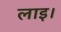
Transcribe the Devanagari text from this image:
लाइ।